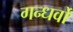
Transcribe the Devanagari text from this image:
गन्धर्वो